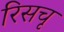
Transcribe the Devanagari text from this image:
रिसचृ